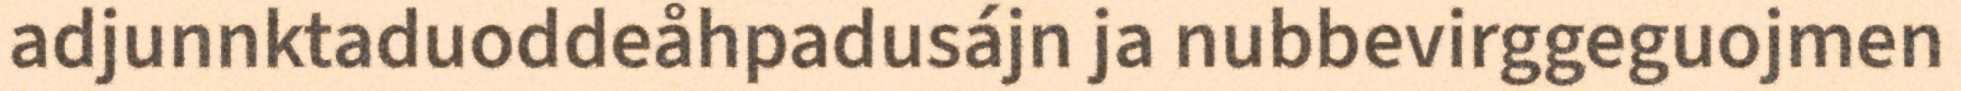
adjunnktaduoddeåhpadusájn ja nubbevirggeguojmen